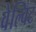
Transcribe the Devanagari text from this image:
वेल्विट